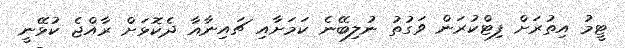
ޓީމު އިތުރަށް ފިޓްކުރަން ވަގުތު ނުލިބޭނެ ކަމަށާއި ޗައިނާއާ ދެކޮޅަށް ރާއްޖެ ކުޅޭނީ